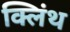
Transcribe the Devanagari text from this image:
क्लिंथ